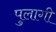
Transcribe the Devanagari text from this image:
पुलागी